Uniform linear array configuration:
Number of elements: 4
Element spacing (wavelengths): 0.5
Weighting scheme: blackman
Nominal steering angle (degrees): -15
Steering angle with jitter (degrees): -16.215
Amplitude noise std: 0.05
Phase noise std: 0.05

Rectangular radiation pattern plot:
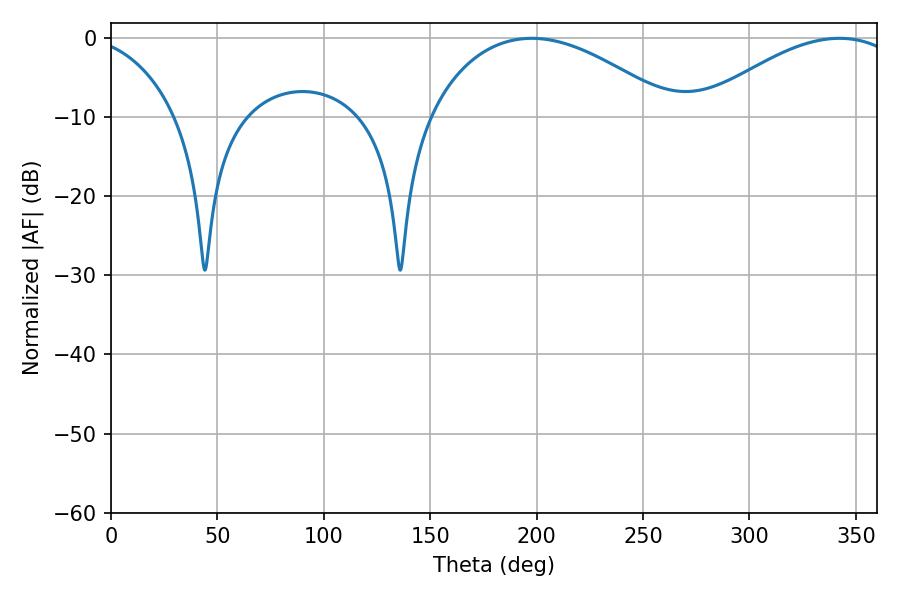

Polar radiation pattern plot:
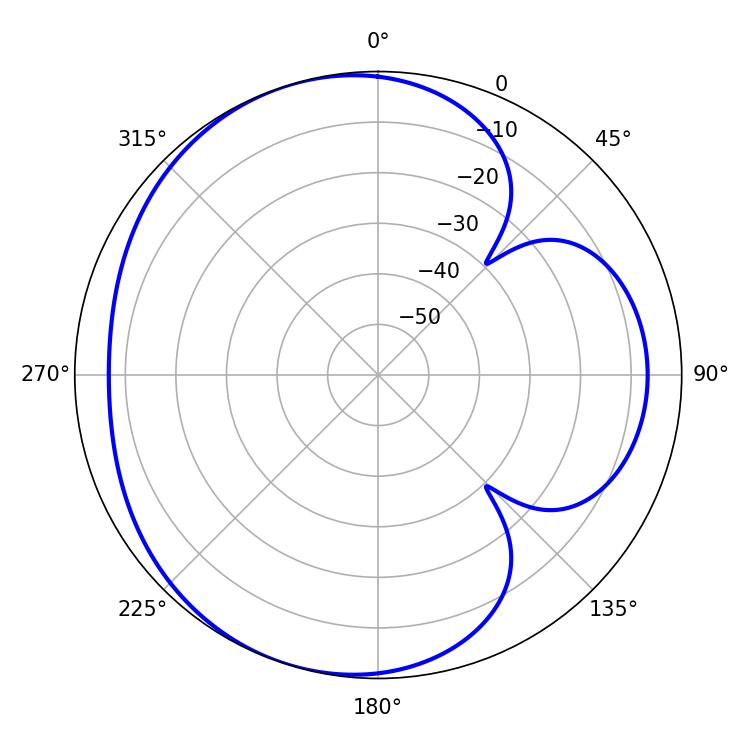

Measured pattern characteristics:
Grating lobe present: FALSE
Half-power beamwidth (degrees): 64.62
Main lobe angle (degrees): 197.64